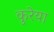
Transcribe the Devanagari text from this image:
कुरेया